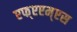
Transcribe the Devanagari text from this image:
एफ्‌एएम्‌एस